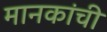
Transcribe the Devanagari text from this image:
मानकांची